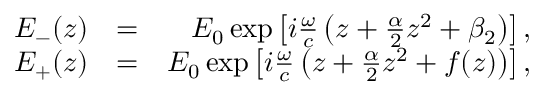
\begin{array} { r l r } { E _ { - } ( z ) } & { = } & { E _ { 0 } \exp \left[ i \frac { \omega } { c } \left( z + \frac { \alpha } { 2 } z ^ { 2 } + \beta _ { 2 } \right) \right] , } \\ { E _ { + } ( z ) } & { = } & { E _ { 0 } \exp \left[ i \frac { \omega } { c } \left( z + \frac { \alpha } { 2 } z ^ { 2 } + f ( z ) \right) \right] , } \end{array}